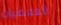
المعطيات